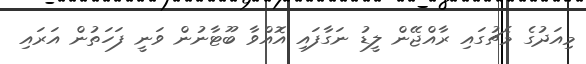
މިއަދުގެ މެޗުގައި ރާއްޖޭން ލީޑު ނަގާފައި އޮއްވާ ބޫޓާނުން ވަނީ ފަހަތުން އަރައި